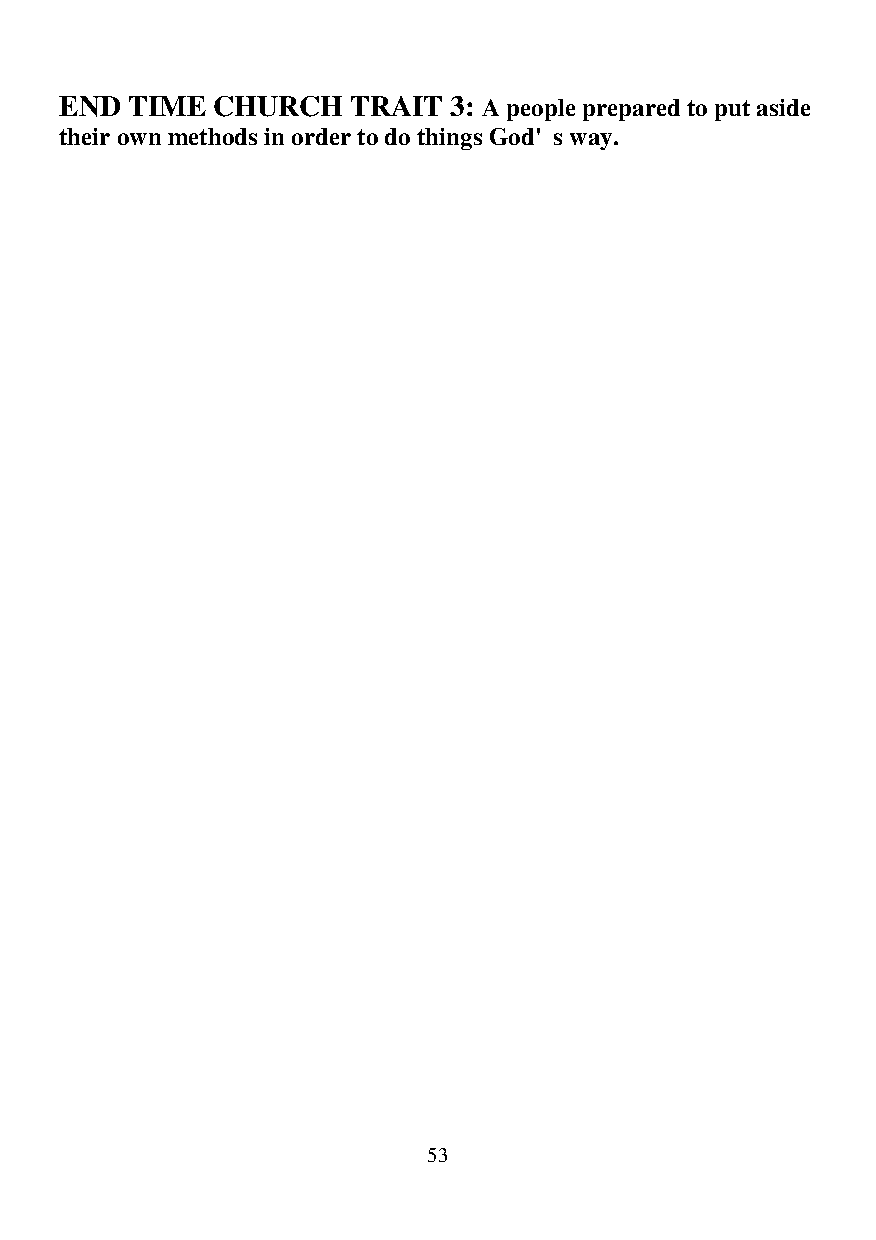
END TIME  CHURCH   TRAIT  3: A people prepared to put aside
 their own methods in order to do things God's way.
 53